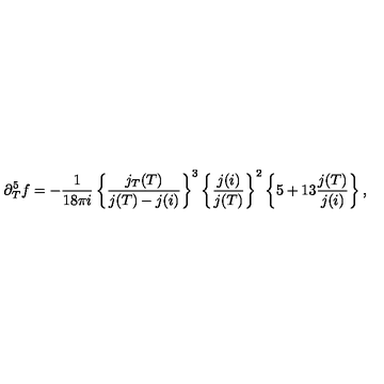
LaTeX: \partial _ { T } ^ { 5 } f = - \frac { 1 } { 1 8 \pi i } \left\{ \frac { j _ { T } ( T ) } { j ( T ) - j ( i ) } \right\} ^ { 3 } \left\{ \frac { j ( i ) } { j ( T ) } \right\} ^ { 2 } \left\{ 5 + 1 3 \frac { j ( T ) } { j ( i ) } \right\} ,